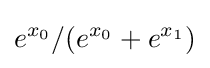
e^{x_{0}}/(e^{x_{0}}+e^{x_{1}})